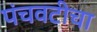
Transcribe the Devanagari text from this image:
पंचवटीचा